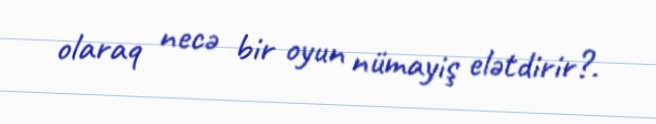
olaraq necə bir oyun nümayiş elətdirir?.